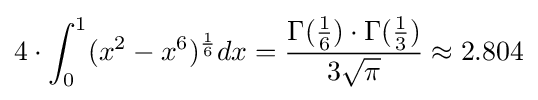
4\cdot \int _{0}^{1}(x^{2}-x^{6})^{\frac {1}{6}}dx={\frac {\Gamma ({\frac {1}{6}})\cdot \Gamma ({\frac {1}{3}})}{3{\sqrt {\pi }}}}\approx 2.804